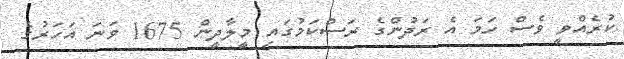
ކުރެއްވީ ވެސް ހަމަ އެ ރަދުންގެ ރަސްކަމުގައި މީލާދީން 1675 ވަނަ އަހަރުގެ